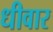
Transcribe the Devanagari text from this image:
धीवार